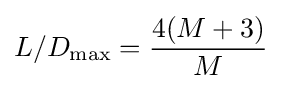
L/D_{\text{max}}={\frac {4(M+3)}{M}}